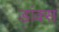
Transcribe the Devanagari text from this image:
डांक्स